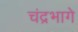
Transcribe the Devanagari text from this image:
चंद्रभागे